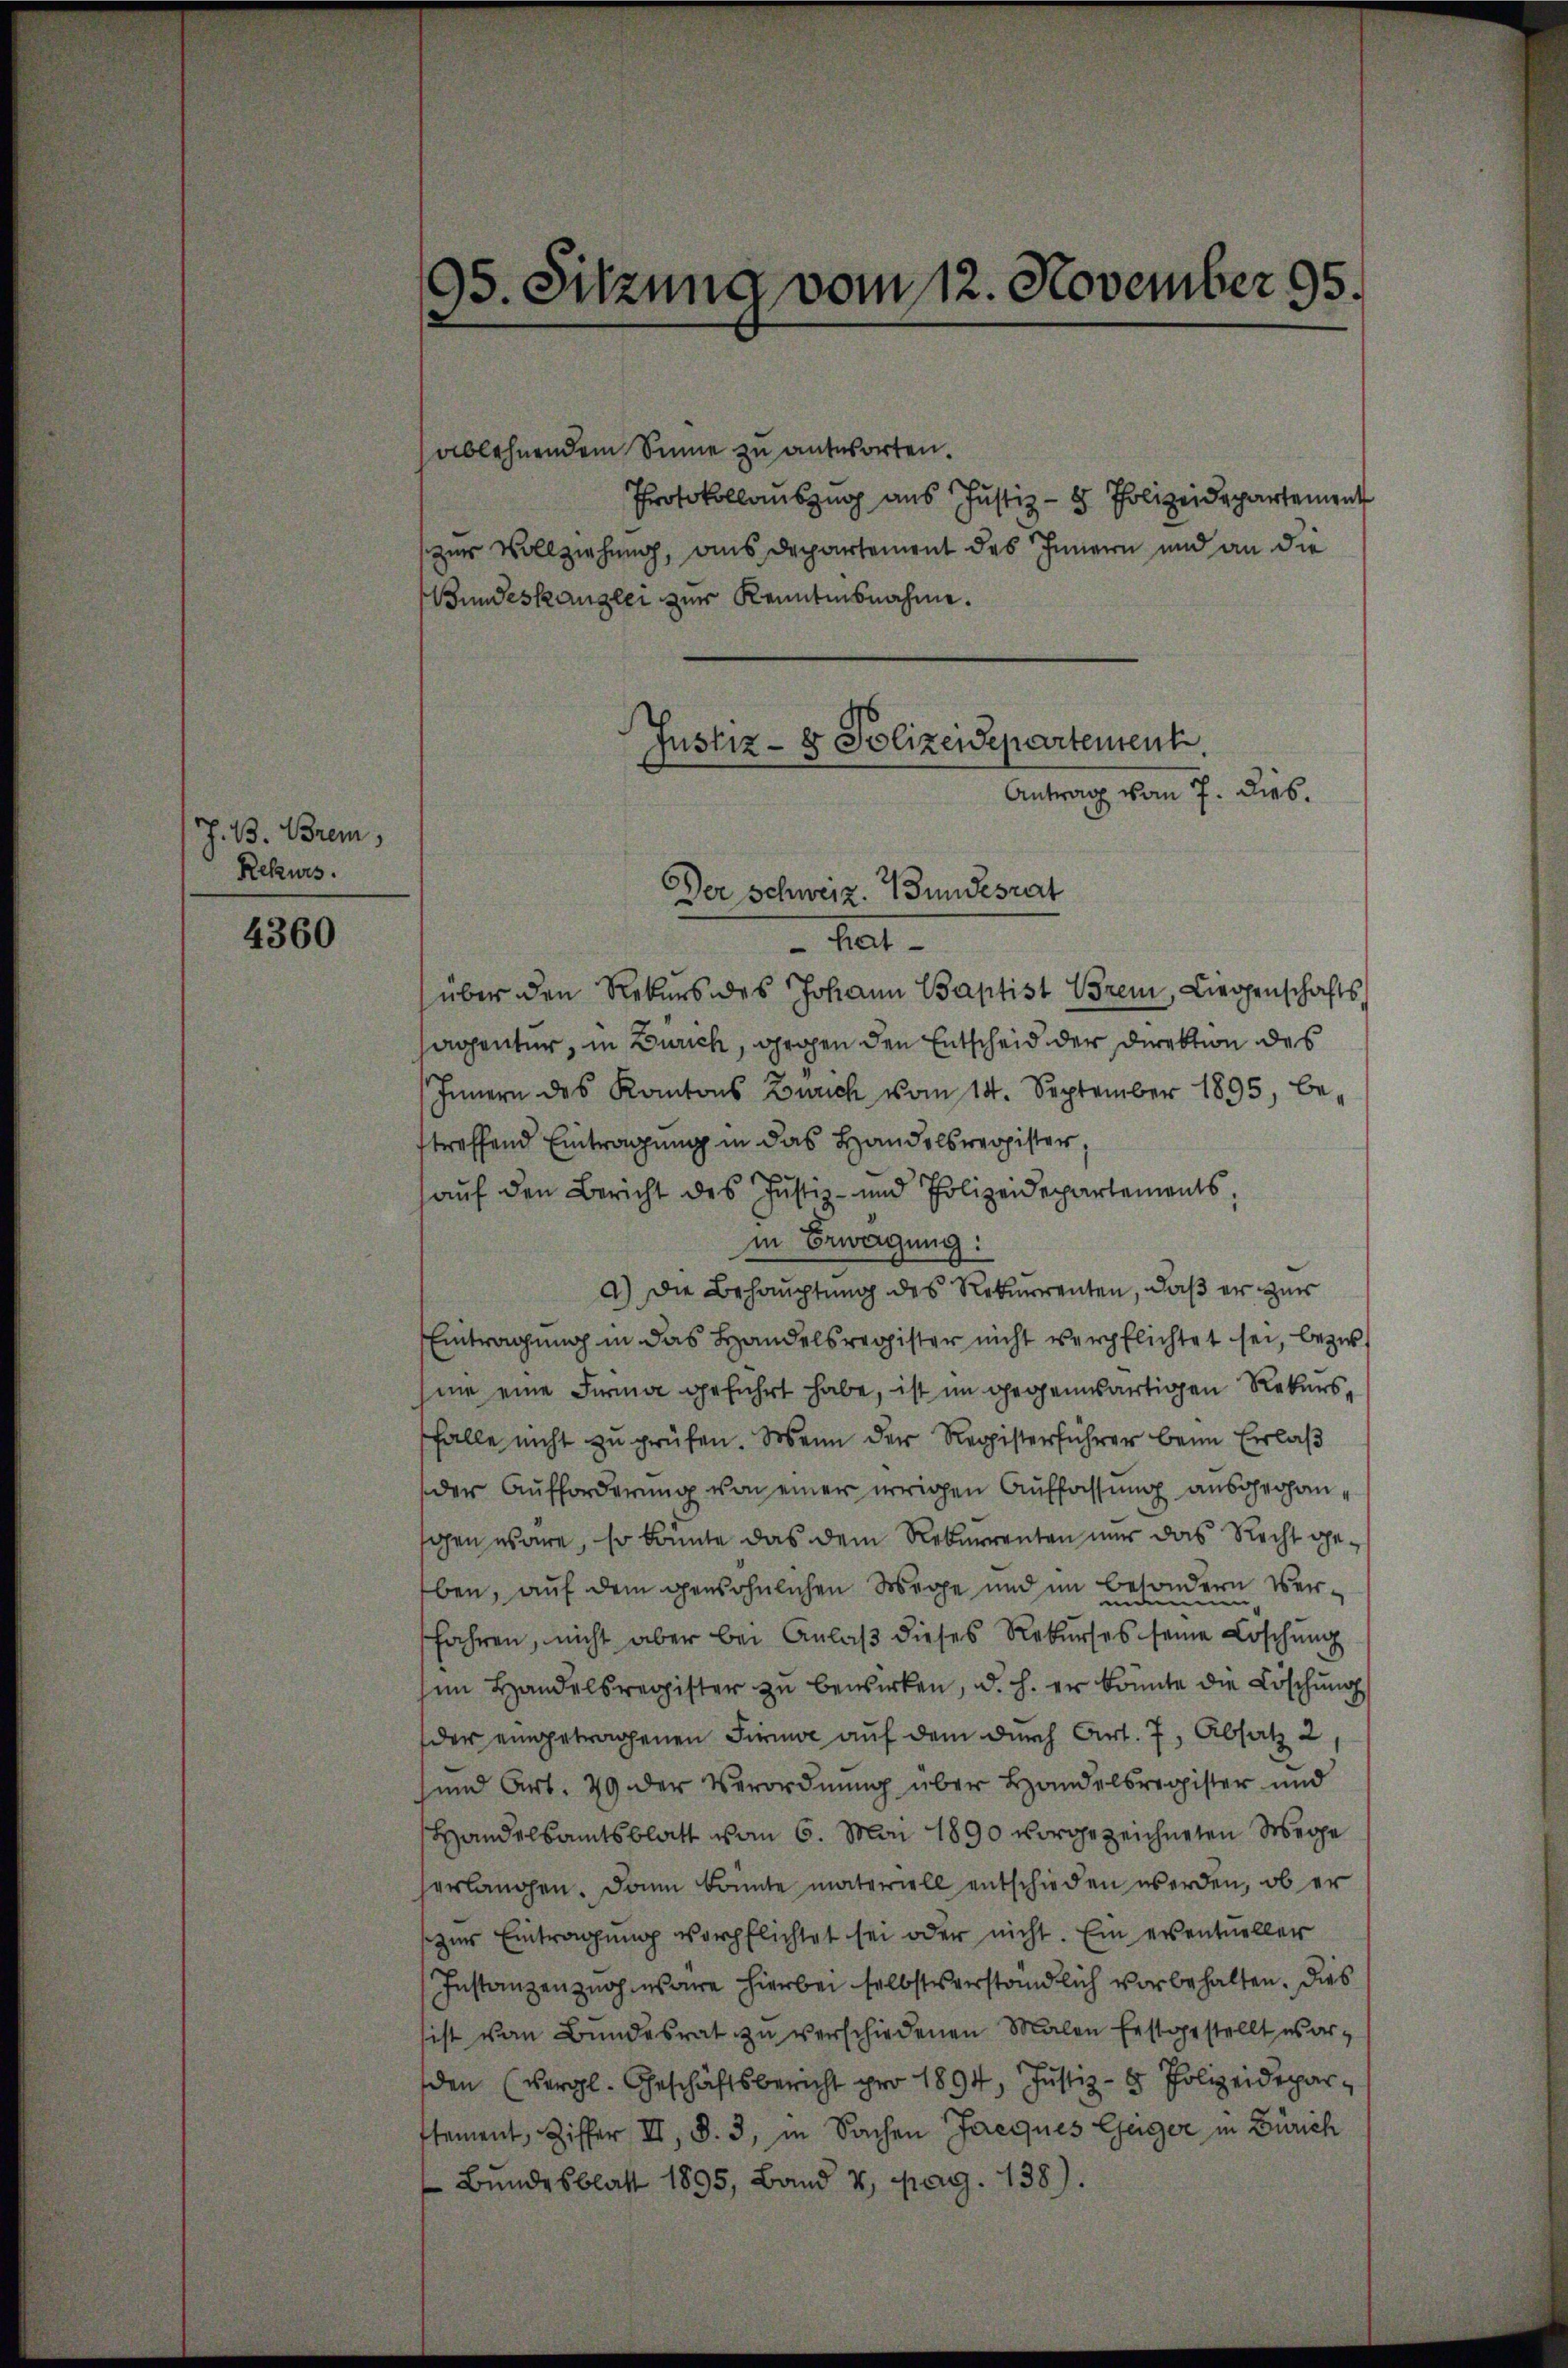
4360

J. B. Brem,
Rekurs.

95. Sitzung vom 12. November 95.

ablehnendem Sinne zu antworten.
Protokollauszug aus Justiz- & Polizeidepartement
zur Vollziehung, aus Departement des Innern und an die
Bundeskanzlei zur Kenntnisnahme.

Justiz- & Polizeidepartentent.
Antrag vom 7. Dieb.

Der Schweiz. Wundesrat
hat
über den Rekurs des Johann Baptist Brem, Liegenschafts
Agentur, in Zürich, großen den Entscheid der Direktion des
Innern des Kantons Zürich vom 14. September 1895, be-
treffend Eintragung in das Handelsreopister,
auf den Bericht des Justiz- und Polizeidepartements
in Bewegung:
a.) Die Behauptung des Rekurrenten, daß er zur
Eintragung in das Handelsregister nicht verpflichtet sei, bezw.
hme eine Firma geführt habe, ist im gegenwärtigen Rekurshalle nicht zu prüfen. Wenn der Registerführer beim Erlaß
der Aufforderung von einer irrigen Auffassung ausgegangen wäre, so könnte das dem Rekurrenten nur das Recht geben, auf dem gewöhnlichen Wege und im besondern Verfahren, nicht aber bei Anlaß dieses Rekurses seine Löschung
sim Handelsregister zu bewirken, d. h. er könnte die Löschung
der eingetragenen Firma auf dem durch Art. 7, Absatz 2
und Art. 29 der Verordnung über Handelsregister und
Handelsamtsblatt vom 6. Mai 1890 vorgezeichneten Wege
herlangen. Dann konnte materiell entschieden werden, ob er
zur Eintragung verpflichtet sei oder nicht. Ein ersentueller
Instanzen zugesare hierbei selbstverständlich vorbehalten. Dies
sist von Bundesrat zu verschiedenen Malen festgestellt worden (vergl. Geschäftsbericht pro 1894, Justiz- & Polizeideparstement, Ziffer II, d. 3, in Sachen Jacques Eheger in Zürich
 Bundesblatt 1895, Band v, pag. 138).